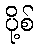
ပို့စ်